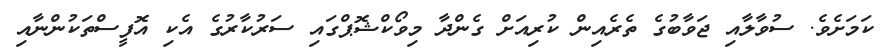
ކަމަށެވެ. ސުވާލާއި ޖަވާބުގެ ތެރެއިން ކުރިއަށް ގެންދާ މިވޯކްޝޮޕްގައި ސަރުކާރުގެ އެކި އޮފީސްތަކުންނާއި